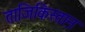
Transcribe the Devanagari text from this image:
ताजिकिस्ताऩ